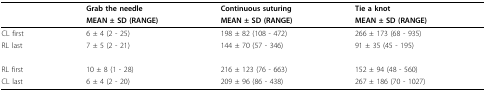
<table><thead><tr><td></td><td><b>Grab the needle</b></td><td><b>Continuous suturing</b></td><td><b>Tie a knot</b></td></tr><tr><td></td><td><b>MEAN ± SD (RANGE)</b></td><td><b>MEAN ± SD (RANGE)</b></td><td><b>MEAN ± SD (RANGE)</b></td></tr></thead><tbody><tr><td>CL first</td><td>6 ± 4 (2 - 25)</td><td>198 ± 82 (108 - 472)</td><td>266 ± 173 (68 - 935)</td></tr><tr><td>RL last</td><td>7 ± 5 (2 - 21)</td><td>144 ± 70 (57 - 346)</td><td>91 ± 35 (45 - 195)</td></tr><tr><td>RL first</td><td>10 ± 8 (1 - 28)</td><td>216 ± 123 (76 - 663)</td><td>152 ± 94 (48 - 560)</td></tr><tr><td>CL last</td><td>6 ± 4 (2 - 20)</td><td>209 ± 96 (86 - 438)</td><td>267 ± 186 (70 - 1027)</td></tr></tbody></table>